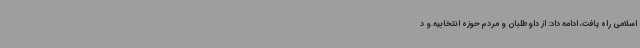
اسلامی راه یافت‌، ادامه داد: از داوطلبان و مردم حوزه انتخابیه و د